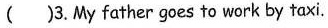
( )3. My father goes to work by taxi.